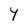
Character: Y